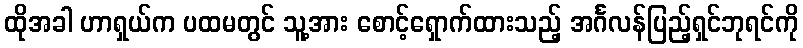
ထိုအခါ ဟာရှယ်က ပထမတွင် သူ့အား စောင့်ရှောက်ထားသည့် အင်္ဂလန်ပြည့်ရှင်ဘုရင်ကို